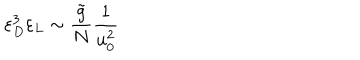
\varepsilon _ { D } ^ { 3 } \varepsilon _ { L } \sim \frac { \tilde { g } } { N } \frac { 1 } { u _ { 0 } ^ { 2 } }